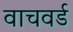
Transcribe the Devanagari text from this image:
वाचवर्ड